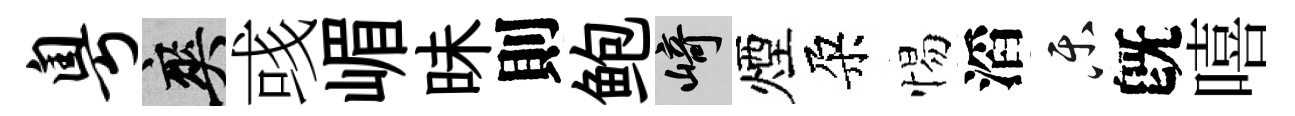
粤爽彧嵋昧則鲍崎煙朶惕滔乐旣嘻